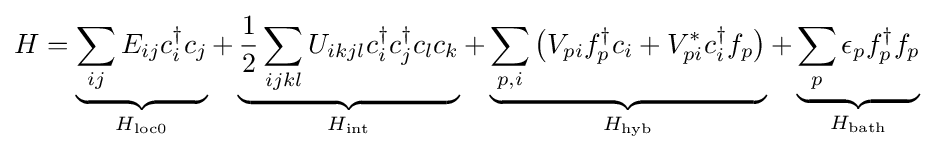
H=\underbrace {\sum _{ij}E_{ij}c_{i}^{\dagger }c_{j}} _{H_{\mathrm {loc0} }}+\underbrace {{\frac {1}{2}}\sum _{ijkl}U_{ikjl}c_{i}^{\dagger }c_{j}^{\dagger }c_{l}c_{k}} _{H_{\mathrm {int} }}+\underbrace {\sum _{p,i}{\big (}V_{pi}f_{p}^{\dagger }c_{i}+V_{pi}^{*}c_{i}^{\dagger }f_{p}{\big )}} _{H_{\mathrm {hyb} }}+\underbrace {\sum _{p}\epsilon _{p}f_{p}^{\dagger }f_{p}} _{H_{\mathrm {bath} }}